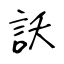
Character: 訞